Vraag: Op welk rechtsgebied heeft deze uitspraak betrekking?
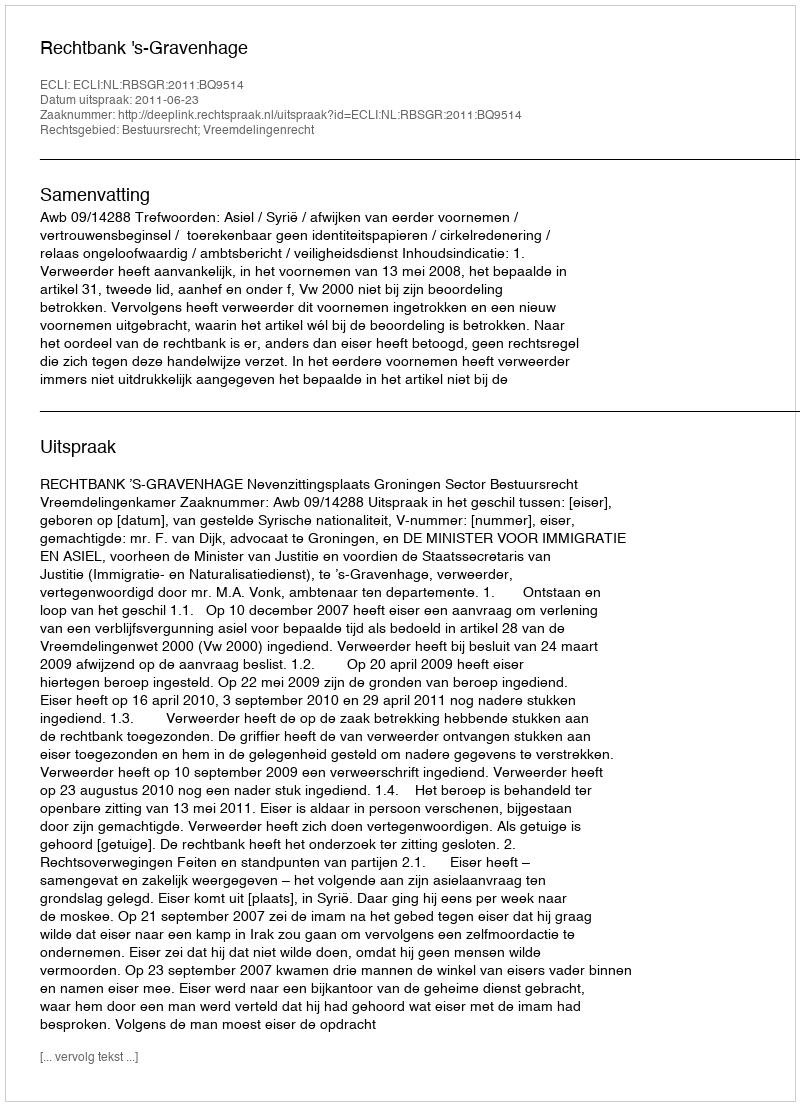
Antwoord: Bestuursrecht; Vreemdelingenrecht